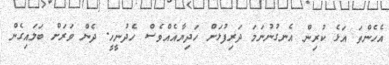
އެހެންތަ އަޅެ ކުރިން އެނގުނުނަމަ ދަރިފުޅަށް ހަދިޔާއެއްވެސް ހެދުނީހީ. ދެން ވަރަށް ބަލައިގެން